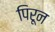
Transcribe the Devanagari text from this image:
पिरून